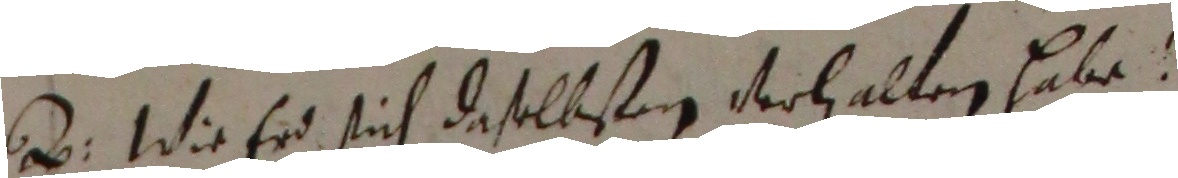
e. Wie er sich daselbstang verhalten habe?